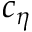
c _ { \eta }